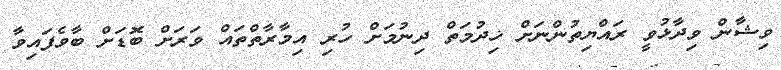
ވިޝާން ވިދާޅުވީ ރައްޔިތުންނަށް ޚިދުމަތް ދިނުމަށް ހުރި އިމާރާތްތައް ވަރަށް ބޮޑަށް ބާވެފައިވާ